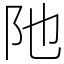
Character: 阤